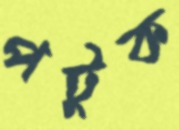
পটুক